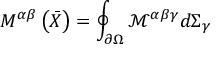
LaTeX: M ^ { \alpha \beta } \left( { \bar { X } } \right) = \oint _ { \partial \Omega } { \mathcal { M } } ^ { \alpha \beta \gamma } d \Sigma _ { \gamma }